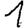
Digit: 1